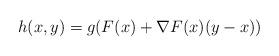
LaTeX: \begin{align*}h(x, y)= g(F(x) + \nabla F(x) (y - x)) \end{align*}